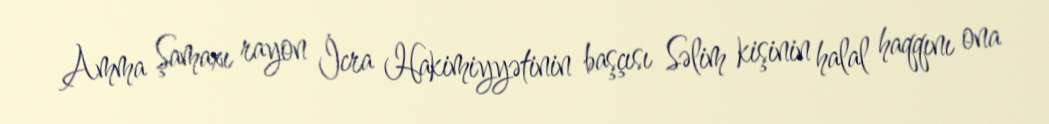
Amma Şamaxı rayon İcra Hakimiyyətinin başçısı Səlim kişinin halal haqqını ona